Vaccine operations Central Provinces & Berar 1922-1929 - 1922-1929
Year: 1922
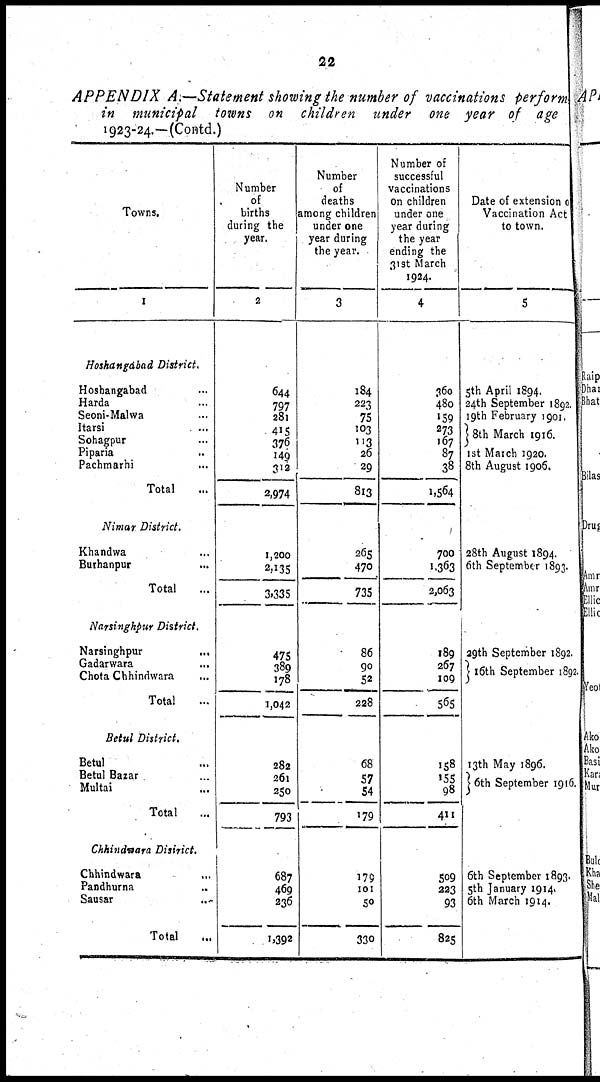
22
APPENDIX A.—Statement showing the number of vaccinations perform
in municipal towns on children under one year of age
1923-24.—(Contd.)
Towns.
1
Hoshangabad District.
Hoshangabad...
Harda...
Seoni-Malwa...
Itarsi...
Sohagpur...
Piparia...
Pachmarhi...
Total...
Nimar District.
Khandwa...
Burhanpur...
Total...
Narsinghpur District.
Narsinghpur...
Gadarwara...
Chota Chhindwara...
Total...
Betul District.
Betul...
Betul Bazar...
Multai...
Total...
Chhindwara District.
Chhindwara...
Pandhurna...
Sausar...
Total...
Number
of
births
during the
year.
2
644
797
281
415
376
149
312
2,974
1,200
2,135
3,335
475
389
178
1,042
282
26l
250
793
687
469
236
1,392
Number
of
deaths
among children
under one
year during
the year.
3
184
223
75
103
113
26
29
813
265
470
735
86
90
52
238
68
57
54
179
179
101
50
330
Number of
successful
vaccinations
On children
under one
year during
the year
ending the
31st March
1924.
4
360
480
159
273
167
87
38
1,564
700
1,363
2,063
189
267
109
565
158
155
98
411
509
223
93
825
Date of extension
Vaccination Act
to town.
5
5th April 1894.
24th September 1892.
19th February 1901.
8th March 1916.
1st March 1920.
8th August 1906.
28th August 1894.
6th September 1893.
29th September 1892.
16th September 1892.
13th May 1896.
6th September 1916.
6th September 1893.
5th January 1914.
6th March 1914.